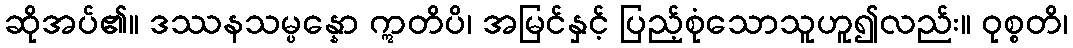
ဆိုအပ်၏။ ဒဿနသမ္ပန္နော ဣတိပိ၊ အမြင်နှင့် ပြည့်စုံသောသူဟူ၍လည်း။ ဝုစ္စတိ၊